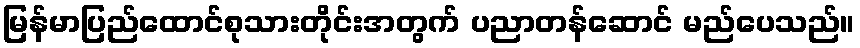
မြန်မာပြည်ထောင်စုသားတိုင်းအတွက် ပညာတန်ဆောင် မည်ပေသည်။